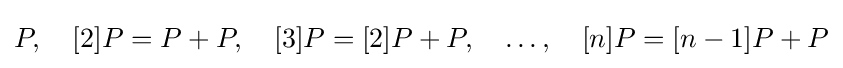
P,\quad [2]P=P+P,\quad [3]P=[2]P+P,\quad \dots ,\quad [n]P=[n-1]P+P